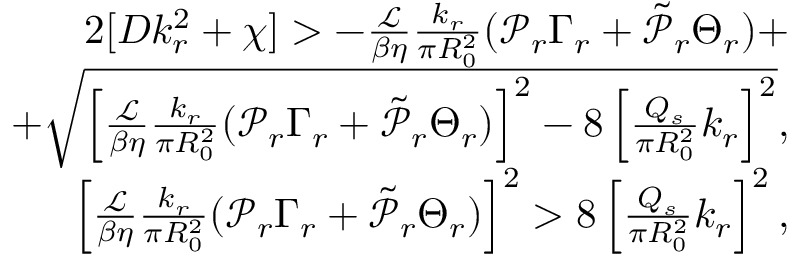
\begin{array} { r } { 2 [ D k _ { r } ^ { 2 } + \chi ] > - \frac { \mathcal { L } } { \beta \eta } \frac { k _ { r } } { \pi R _ { 0 } ^ { 2 } } ( \mathcal { P } _ { r } \Gamma _ { r } + \tilde { \mathcal { P } } _ { r } \Theta _ { r } ) + } \\ { + \sqrt { \left[ \frac { \mathcal { L } } { \beta \eta } \frac { k _ { r } } { \pi R _ { 0 } ^ { 2 } } ( \mathcal { P } _ { r } \Gamma _ { r } + \tilde { \mathcal { P } } _ { r } \Theta _ { r } ) \right] ^ { 2 } - 8 \left[ \frac { Q _ { s } } { \pi R _ { 0 } ^ { 2 } } k _ { r } \right] ^ { 2 } } , } \\ { \left[ \frac { \mathcal { L } } { \beta \eta } \frac { k _ { r } } { \pi R _ { 0 } ^ { 2 } } ( \mathcal { P } _ { r } \Gamma _ { r } + \tilde { \mathcal { P } } _ { r } \Theta _ { r } ) \right] ^ { 2 } > 8 \left[ \frac { Q _ { s } } { \pi R _ { 0 } ^ { 2 } } k _ { r } \right] ^ { 2 } , } \end{array}